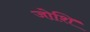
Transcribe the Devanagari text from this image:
जोशि